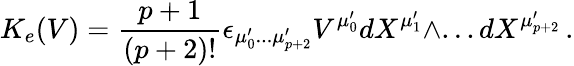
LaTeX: K_{e}(V)=\frac{p+1}{(p+2)!}\epsilon_{\mu_{0}^{\prime}...\mu_{p+2}^{\prime}}V^{\mu_{0}^{\prime}}dX^{\mu_{1}^{\prime}}\wedge...dX^{\mu_{p+2}^{\prime}}\, .